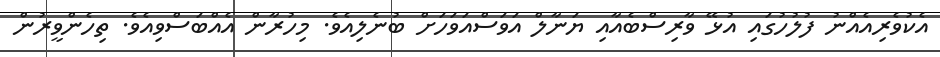
އެކުވެރިއެއްނު ފުލުހުގައި އުޅޭ ވާރިސްބެއާއި ޔަނާލް އަވަސްއަވަހަށް ބުނެލިއެވެ. މިހުރާން އެއްބަސްވިއެވެ. ތިހެންވީރުން